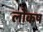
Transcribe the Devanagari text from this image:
लोकष